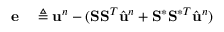
\begin{array} { r l } { \mathbf { e } } & { { } \triangleq \ensuremath { \mathbf { u } } ^ { n } - ( \mathbf { S } \mathbf { S } ^ { T } \hat { \ensuremath { \mathbf { u } } } ^ { n } + \mathbf { S } ^ { \ast } \mathbf { S } ^ { \ast T } \hat { \ensuremath { \mathbf { u } } } ^ { n } ) } \end{array}